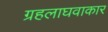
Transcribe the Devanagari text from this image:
ग्रहलाघवाकार